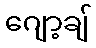
ဂျော့ချ်